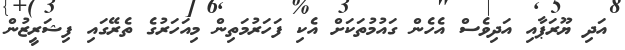
އަދި ޔޫރަޕާއި އަދިވެސް އެހެން ގައުމުތަކަށް އެކި ފަހަރުމަތިން މިއަހަރުގެ ތެރޭގައި ފިޝަރީޒުން